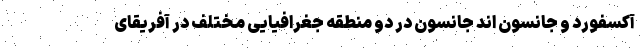
آکسفورد و جانسون اند جانسون در دو منطقه جغرافیایی مختلف در آفریقای